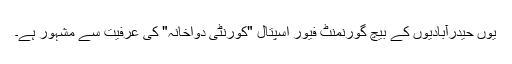
یوں حیدرآبادیوں کے بیچ گورنمنٹ فیور اسپتال "کورنٹی دواخانہ" کی عرفیت سے مشہور ہے۔